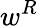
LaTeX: w^{R}